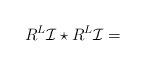
LaTeX: \begin{align*}R^L\mathcal{I}\star R^L\mathcal{I}=\end{align*}